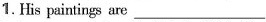
1. His paintings are ___